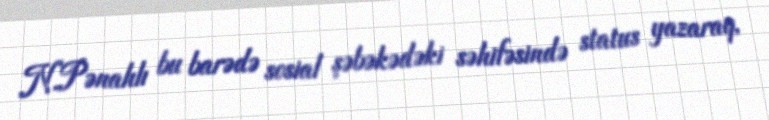
N.Pənahlı bu barədə sosial şəbəkədəki səhifəsində status yazaraq,